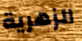
الزهرية